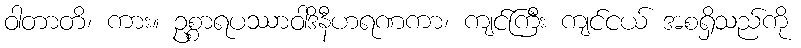
ဝါတာတိ၊ ကား။ ဥစ္စာရပဿာဝါဒိနီဟရဏကာ၊ ကျင်ကြီး ကျင်ငယ် အစရှိသည်ကို